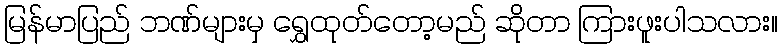
မြန်မာပြည် ဘဏ်များမှ ရွှေထုတ်တော့မည် ဆိုတာ ကြားဖူးပါသလား။